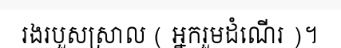
រងរបួសស្រាល ( អ្នករួមដំណើរ )។